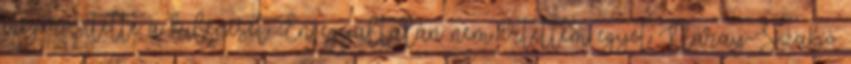
megerősítette a kilépését. Én egyáltalán nem értettem egyet Náray-Szabó